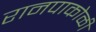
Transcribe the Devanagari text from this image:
रानपाकोळी